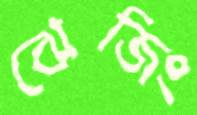
ঝেজিং